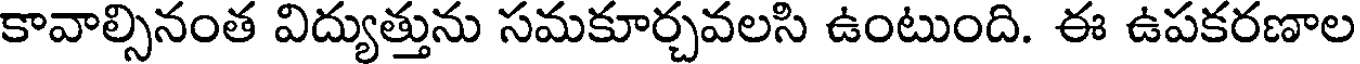
కావాల్సినంత విద్యుత్తును సమకూర్చవలసి ఉంటుంది. ఈ ఉపకరణాల